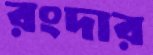
রংদার